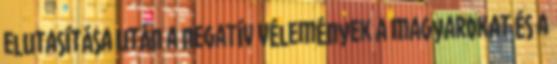
elutasítása után a negatív vélemények a magyarokat és a